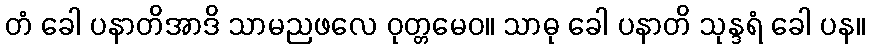
တံ ခေါ ပနာတိအာဒိ သာမညဖလေ ဝုတ္တမေဝ။ သာဓု ခေါ ပနာတိ သုန္ဒရံ ခေါ ပန။